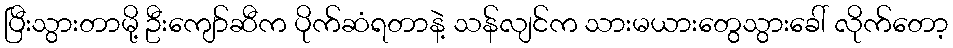
ပြီးသွားတာမို့ ဦးကျော်ဆီက ပိုက်ဆံရတာနဲ့ သန်လျင်က သားမယားတွေသွားခေါ် လိုက်တော့